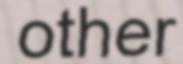
other